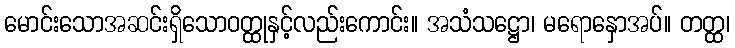
မောင်းသောအဆင်းရှိသောဝတ္ထုနှင့်လည်းကောင်း။ အသံသဋ္ဌော၊ မရောနှောအပ်။ တတ္ထ၊